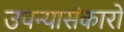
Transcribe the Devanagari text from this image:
उपन्यासंकारों